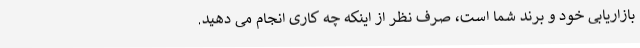
بازاریابی خود و برند شما است، صرف نظر از اینکه چه کاری انجام می دهید.